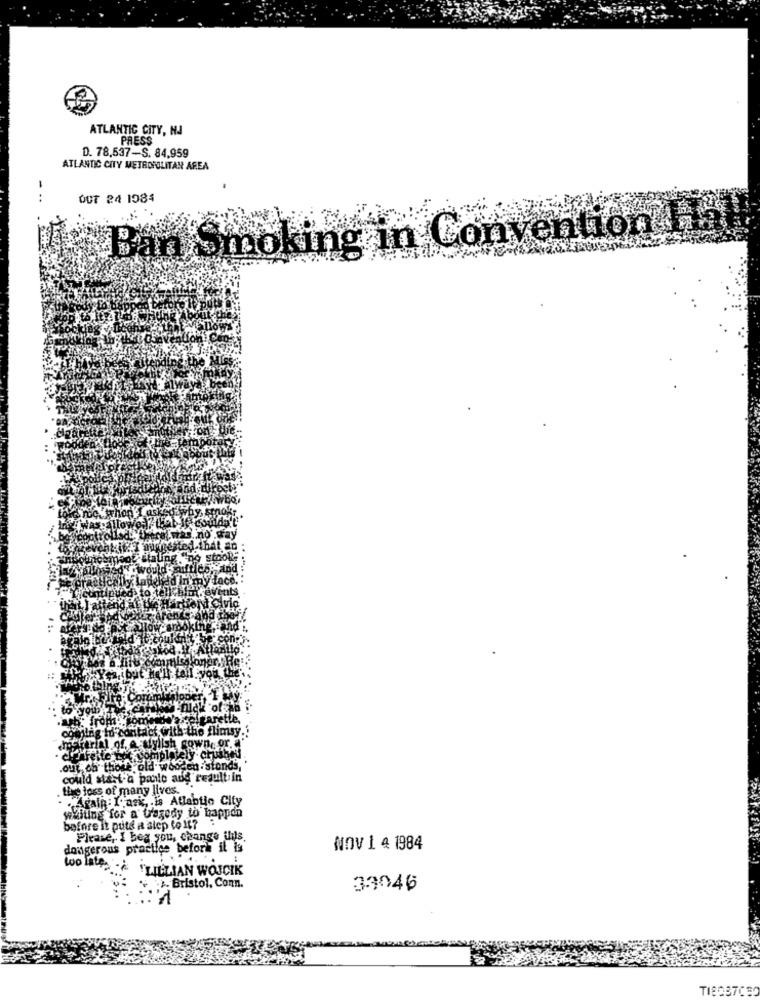
ATLANTIC CITY, NJ
PRESS
D. 78.537-S. 84,959
ATLANTIC CITY METROPOLITAN AREA
OCT 24 1984
ban smoking in Convention It
20: froma
dith tho flimsy.
rial of, a stylish
our, ch' those old wooden stonds,
would stast-a panle add result in
tue loss of many lives.
Again: I.ask, . is Atlantic City
before it puts a step to 11? : "
waiting for a L'agedy to happen
Please, I beg you, change ilils
dangerous practice before it is
NOV 1 4 1984
:
Wollte & "LILLIAN WOJCIK
Bristol, Conn.
33046